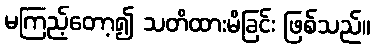
မကြည့်တော့၍ သတိထားမိခြင်း ဖြစ်သည်။